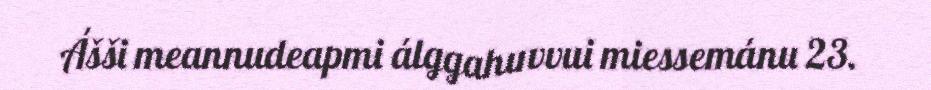
Ášši meannudeapmi álggahuvvui miessemánu 23.